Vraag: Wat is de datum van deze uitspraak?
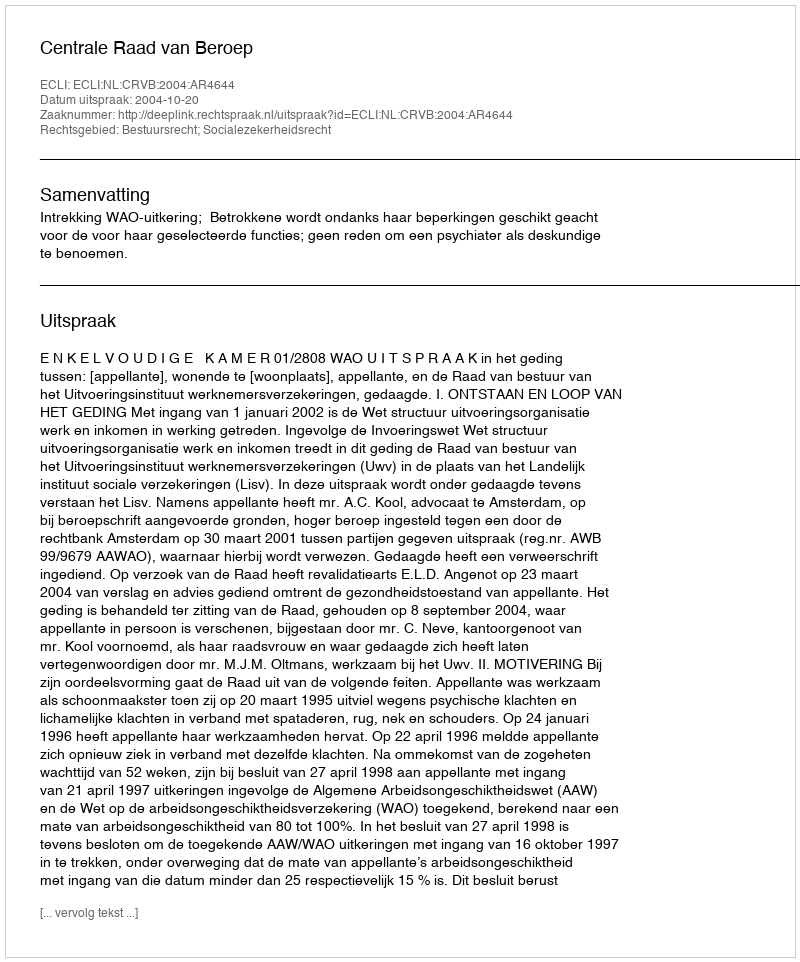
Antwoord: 2004-10-20